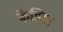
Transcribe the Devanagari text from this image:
केडिडा